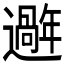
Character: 𫑑